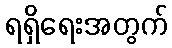
ရရှိရေးအတွက်